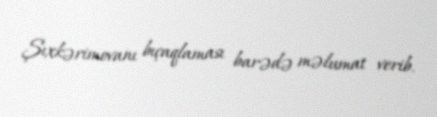
Şıxkərimovanı bıçaqlaması barədə məlumat verib.